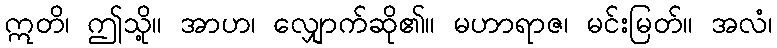
ဣတိ၊ ဤသို့။ အာဟ၊ လျှောက်ဆို၏။ မဟာရာဇ၊ မင်းမြတ်။ အလံ၊